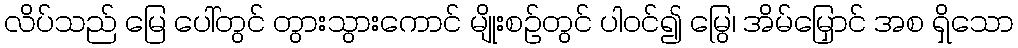
လိပ်သည် မြေ ပေါ်တွင် တွားသွားကောင် မျိုးစဉ်တွင် ပါဝင်၍ မြွေ၊ အိမ်မြှောင် အစ ရှိသော